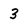
Character: 3